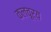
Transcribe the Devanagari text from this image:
कलचूर्य